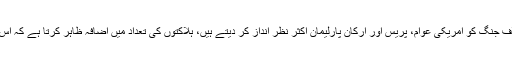
اگرچہ دہشت گردی کے خلاف جنگ کو امریکی عوام، پریس اور ارکان پارلیمان اکثر نظر انداز کر دیتے ہیں، ہلاکتوں کی تعداد میں اضافہ ظاہر کرتا ہے کہ اس جنگ کی شدت برقرار ہے۔